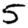
Digit: 5